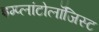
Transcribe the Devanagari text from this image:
इम्प्लांटोलॉजिस्ट